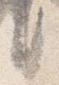
言